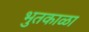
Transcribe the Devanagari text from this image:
भुतकाळा